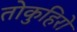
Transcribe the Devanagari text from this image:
तोकुहिरो